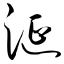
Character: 涎